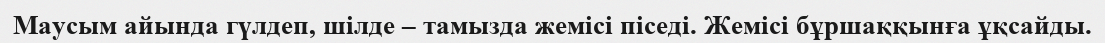
Маусым айында гүлдеп, шілде – тамызда жемісі піседі. Жемісі бұршаққынға ұқсайды.